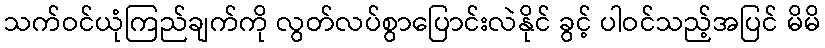
သက်ဝင်ယုံကြည်ချက်ကို လွတ်လပ်စွာပြောင်းလဲနိုင် ခွင့် ပါဝင်သည့်အပြင် မိမိ